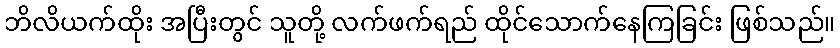
ဘိလိယက်ထိုး အပြီးတွင် သူတို့ လက်ဖက်ရည် ထိုင်သောက်နေကြခြင်း ဖြစ်သည်။